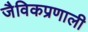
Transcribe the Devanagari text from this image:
जैविकप्रणाली